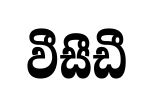
වීසීඩී